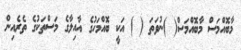
މާބޮއްމަސް މާބޮއްމަސް( )ނުވަތަ ( ) އަކީ ބޮއްމަހުގެ އާއިލާގެ މަސްތަކުގެ ތެރެއިން